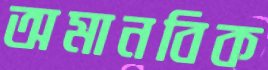
অমানবিক